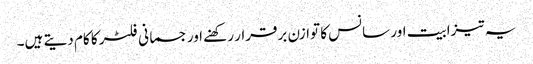
یہ تیزابیت اور سانس کا توازن برقرار رکھنے اور جسمانی فلٹر کا کام دیتے ہیں۔